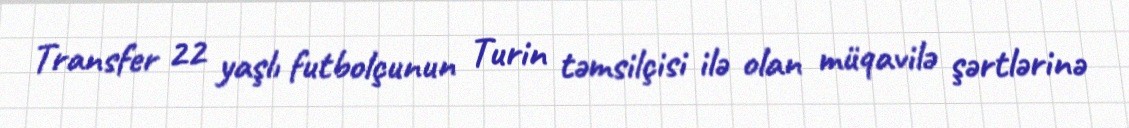
Transfer 22 yaşlı futbolçunun Turin təmsilçisi ilə olan müqavilə şərtlərinə